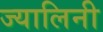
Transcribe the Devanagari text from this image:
ज्यालिनी